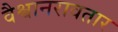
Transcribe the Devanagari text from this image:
वैश्वानरावतार